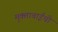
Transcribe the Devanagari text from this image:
मुक्ताबाईची